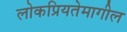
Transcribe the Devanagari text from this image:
लोकप्रियतेमागील